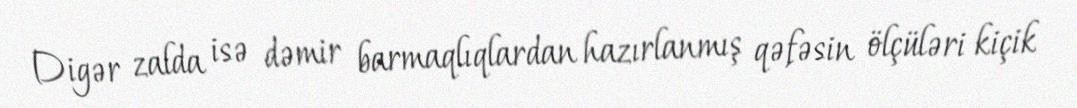
Digər zalda isə dəmir barmaqlıqlardan hazırlanmış qəfəsin ölçüləri kiçik